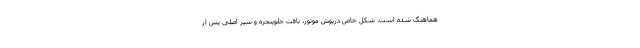
هماهنگ شده است. شکل خاص درپوش موتور، بافت جلوپنجره و سپر اصلی پس از